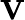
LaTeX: \mathbf{V}